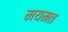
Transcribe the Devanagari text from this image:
मयमत